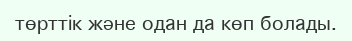
төрттік және одан да көп болады.